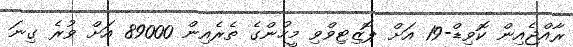
ރާއްޖެއިން ކޮވިޑް-19 އަށް ޕޮޒިޓިވްވި މީހުންގެ ތެރެއިން 89000 އަށް ވުރެ ގިނަ